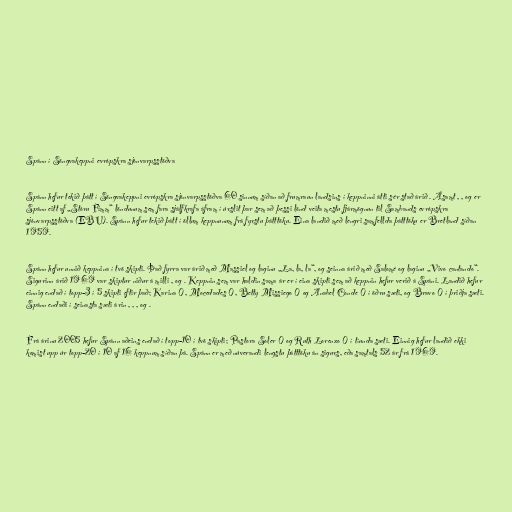
Spánn í Söngvakeppni evrópskra sjónvarpsstöðva

Spánn hefur tekið þátt í Söngvakeppni evrópskra sjónvarpsstöðva 60 sinnum síðan að frumraun landsins í keppninni átti sér stað árið . Ásamt , , og er
Spánn eitt af „Stóru Fimm“ löndunum sem fara sjálfkrafa áfram í úrslit þar sem að þessi lönd veita mestu fjármögnun til Sambands evrópskra
sjónvarpsstöðva (EBU). Spánn hefur tekið þátt í öllum keppnunum frá fyrstu þátttöku. Eina landið með lengri samfellda þátttöku er Bretland síðan
1959.

Spánn hefur unnið keppnina í tvö skipti. Það fyrra var árið með Massiel og laginu „La, la, la“, og seinna árið með Salomé og laginu „Vivo cantando“.
Sigurinn árið 1969 var skiptur niður á milli , og . Keppnin sem var haldin sama ár er í eina skipti sem að keppnin hefur verið á Spáni. Landið hefur
einnig endað í topp-3 í 5 skipti eftir það; Karina (), Mocedades (), Betty Missiego () og Anabel Conde () í öðru sæti, og Bravo () í þriðja sæti.
Spánn endaði í seinasta sæti árin , , , og .

Frá árinu 2005 hefur Spánn aðeins endað í topp-10 í tvö skipti; Pastora Soler () og Ruth Lorenzo () í tíunda sæti. Einnig hefur landið ekki
komist upp úr topp-20 í 10 af 16 keppnum síðan þá. Spánn er með núverandi lengstu þátttöku án sigurs, eða samtals 52 ár frá 1969.